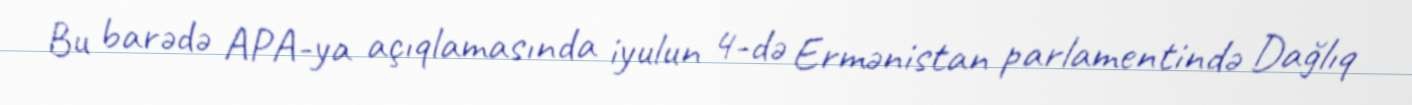
Bu barədə APA-ya açıqlamasında iyulun 4-də Ermənistan parlamentində Dağlıq